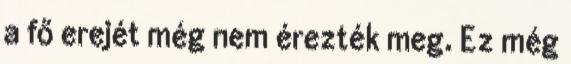
a fő erejét még nem érezték meg. Ez még